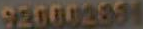
920002851